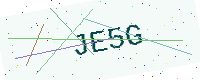
Text: JE5G